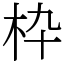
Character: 枠